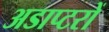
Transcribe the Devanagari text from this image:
अडाप्टरों